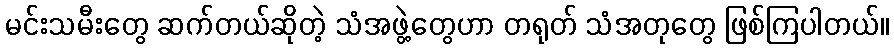
မင်းသမီးတွေ ဆက်တယ်ဆိုတဲ့ သံအဖွဲ့တွေဟာ တရုတ် သံအတုတွေ ဖြစ်ကြပါတယ်။